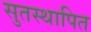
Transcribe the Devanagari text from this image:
सुतस्थापित